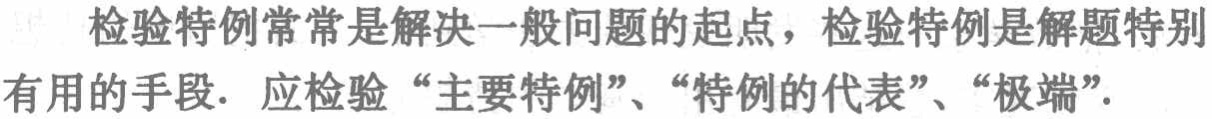
检验特例常常是解决一般问题的起点，检验特例是解题特别有用的手段. 应检验“主要特例”、“特例的代表”、“极端”.